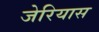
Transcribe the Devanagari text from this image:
जेरियास